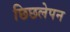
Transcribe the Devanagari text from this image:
छिछलेपन